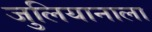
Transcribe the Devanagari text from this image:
जुलियानाला